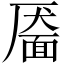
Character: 靥